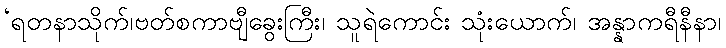
‘ရတနာသိုက်၊ဗတ်စကာဗျီခွေးကြီး၊ သူရဲကောင်း သုံးယောက်၊ အန္နာကရီနီနာ၊